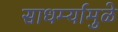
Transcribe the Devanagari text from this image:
साधर्म्यामुळे